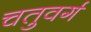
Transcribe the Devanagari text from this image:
चतुवर्ग